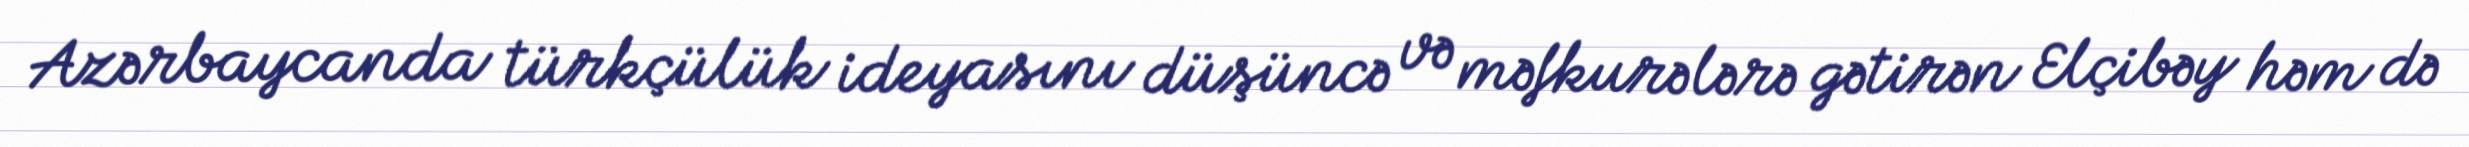
Azərbaycanda türkçülük ideyasını düşüncə və məfkurələrə gətirən Elçibəy həm də